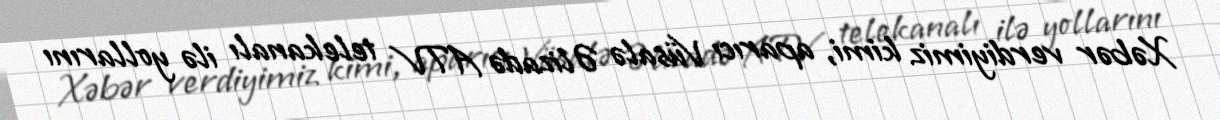
Xəbər verdiyimiz kimi, aparıcı Vüsalə Əlizadə ATV telekanalı ilə yollarını